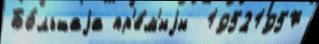
Бо́льшаjа пр'е́м'иjи  19521957